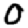
Digit: 0